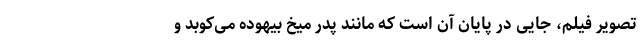
تصویر فیلم، جایی در پایان آن است که مانند پدر میخ بیهوده می‌کوبد و